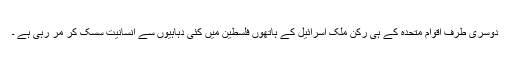
دوسری طرف اقوام متحدہ کے ہی رکن ملک اسرائیل کے ہاتھوں فلسطین میں کئی دہاہیوں سے انسانیت سسک کر مر رہی ہے ۔